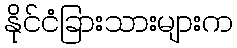
နိုင်ငံခြားသားများက